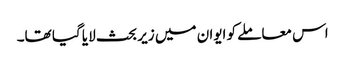
اس معاملے کو ایوان میں زیر بحث لایا گیا تھا۔